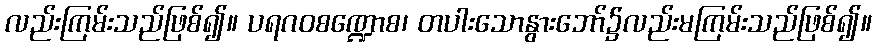
လည်းကြမ်းသည်ဖြစ်၍။ ပရဂဝစဏ္ဍောစ၊ တပါးသောနွားဘော်၌လည်းမကြမ်းသည်ဖြစ်၍။